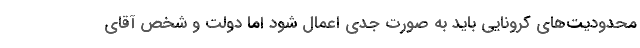
محدودیت‌های کرونایی باید به صورت جدی اعمال شود اما دولت و شخص آقای